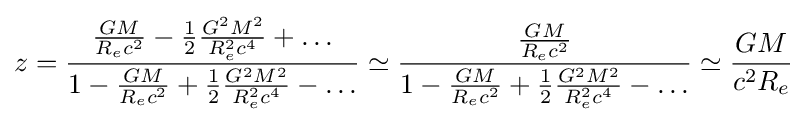
z={\frac {{\frac {GM}{R_{e}c^{2}}}-{\frac {1}{2}}{\frac {G^{2}M^{2}}{R_{e}^{2}c^{4}}}+\dots }{1-{\frac {GM}{R_{e}c^{2}}}+{\frac {1}{2}}{\frac {G^{2}M^{2}}{R_{e}^{2}c^{4}}}-\ldots }}\simeq {\frac {\frac {GM}{R_{e}c^{2}}}{1-{\frac {GM}{R_{e}c^{2}}}+{\frac {1}{2}}{\frac {G^{2}M^{2}}{R_{e}^{2}c^{4}}}-\dots }}\simeq {\frac {GM}{c^{2}R_{e}}}